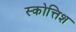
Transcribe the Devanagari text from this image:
स्कोत्तिश